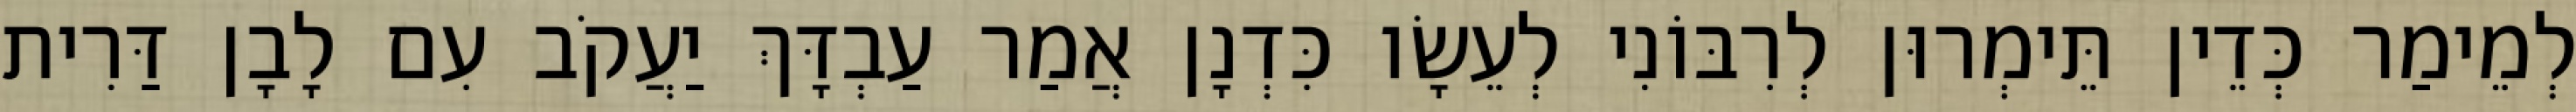
לְמֵימַר כְּדֵין תֵּימְרוּן לְרִבּוֹנִי לְעֵשָׂו כִּדְנָן אֲמַר עַבְדָּךְ יַעֲקֹב עִם לָבָן דַּרִית